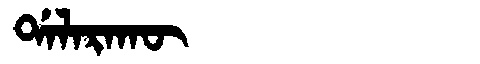
Manchu: ᡩᠠᠯᠠᡵᠠᡴᡡ
Romanization: DALARAKŪ